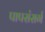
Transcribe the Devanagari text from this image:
पापसंसर्ग